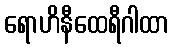
ရောဟိနီထေရီဂါထာ